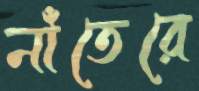
নাঁতেরে